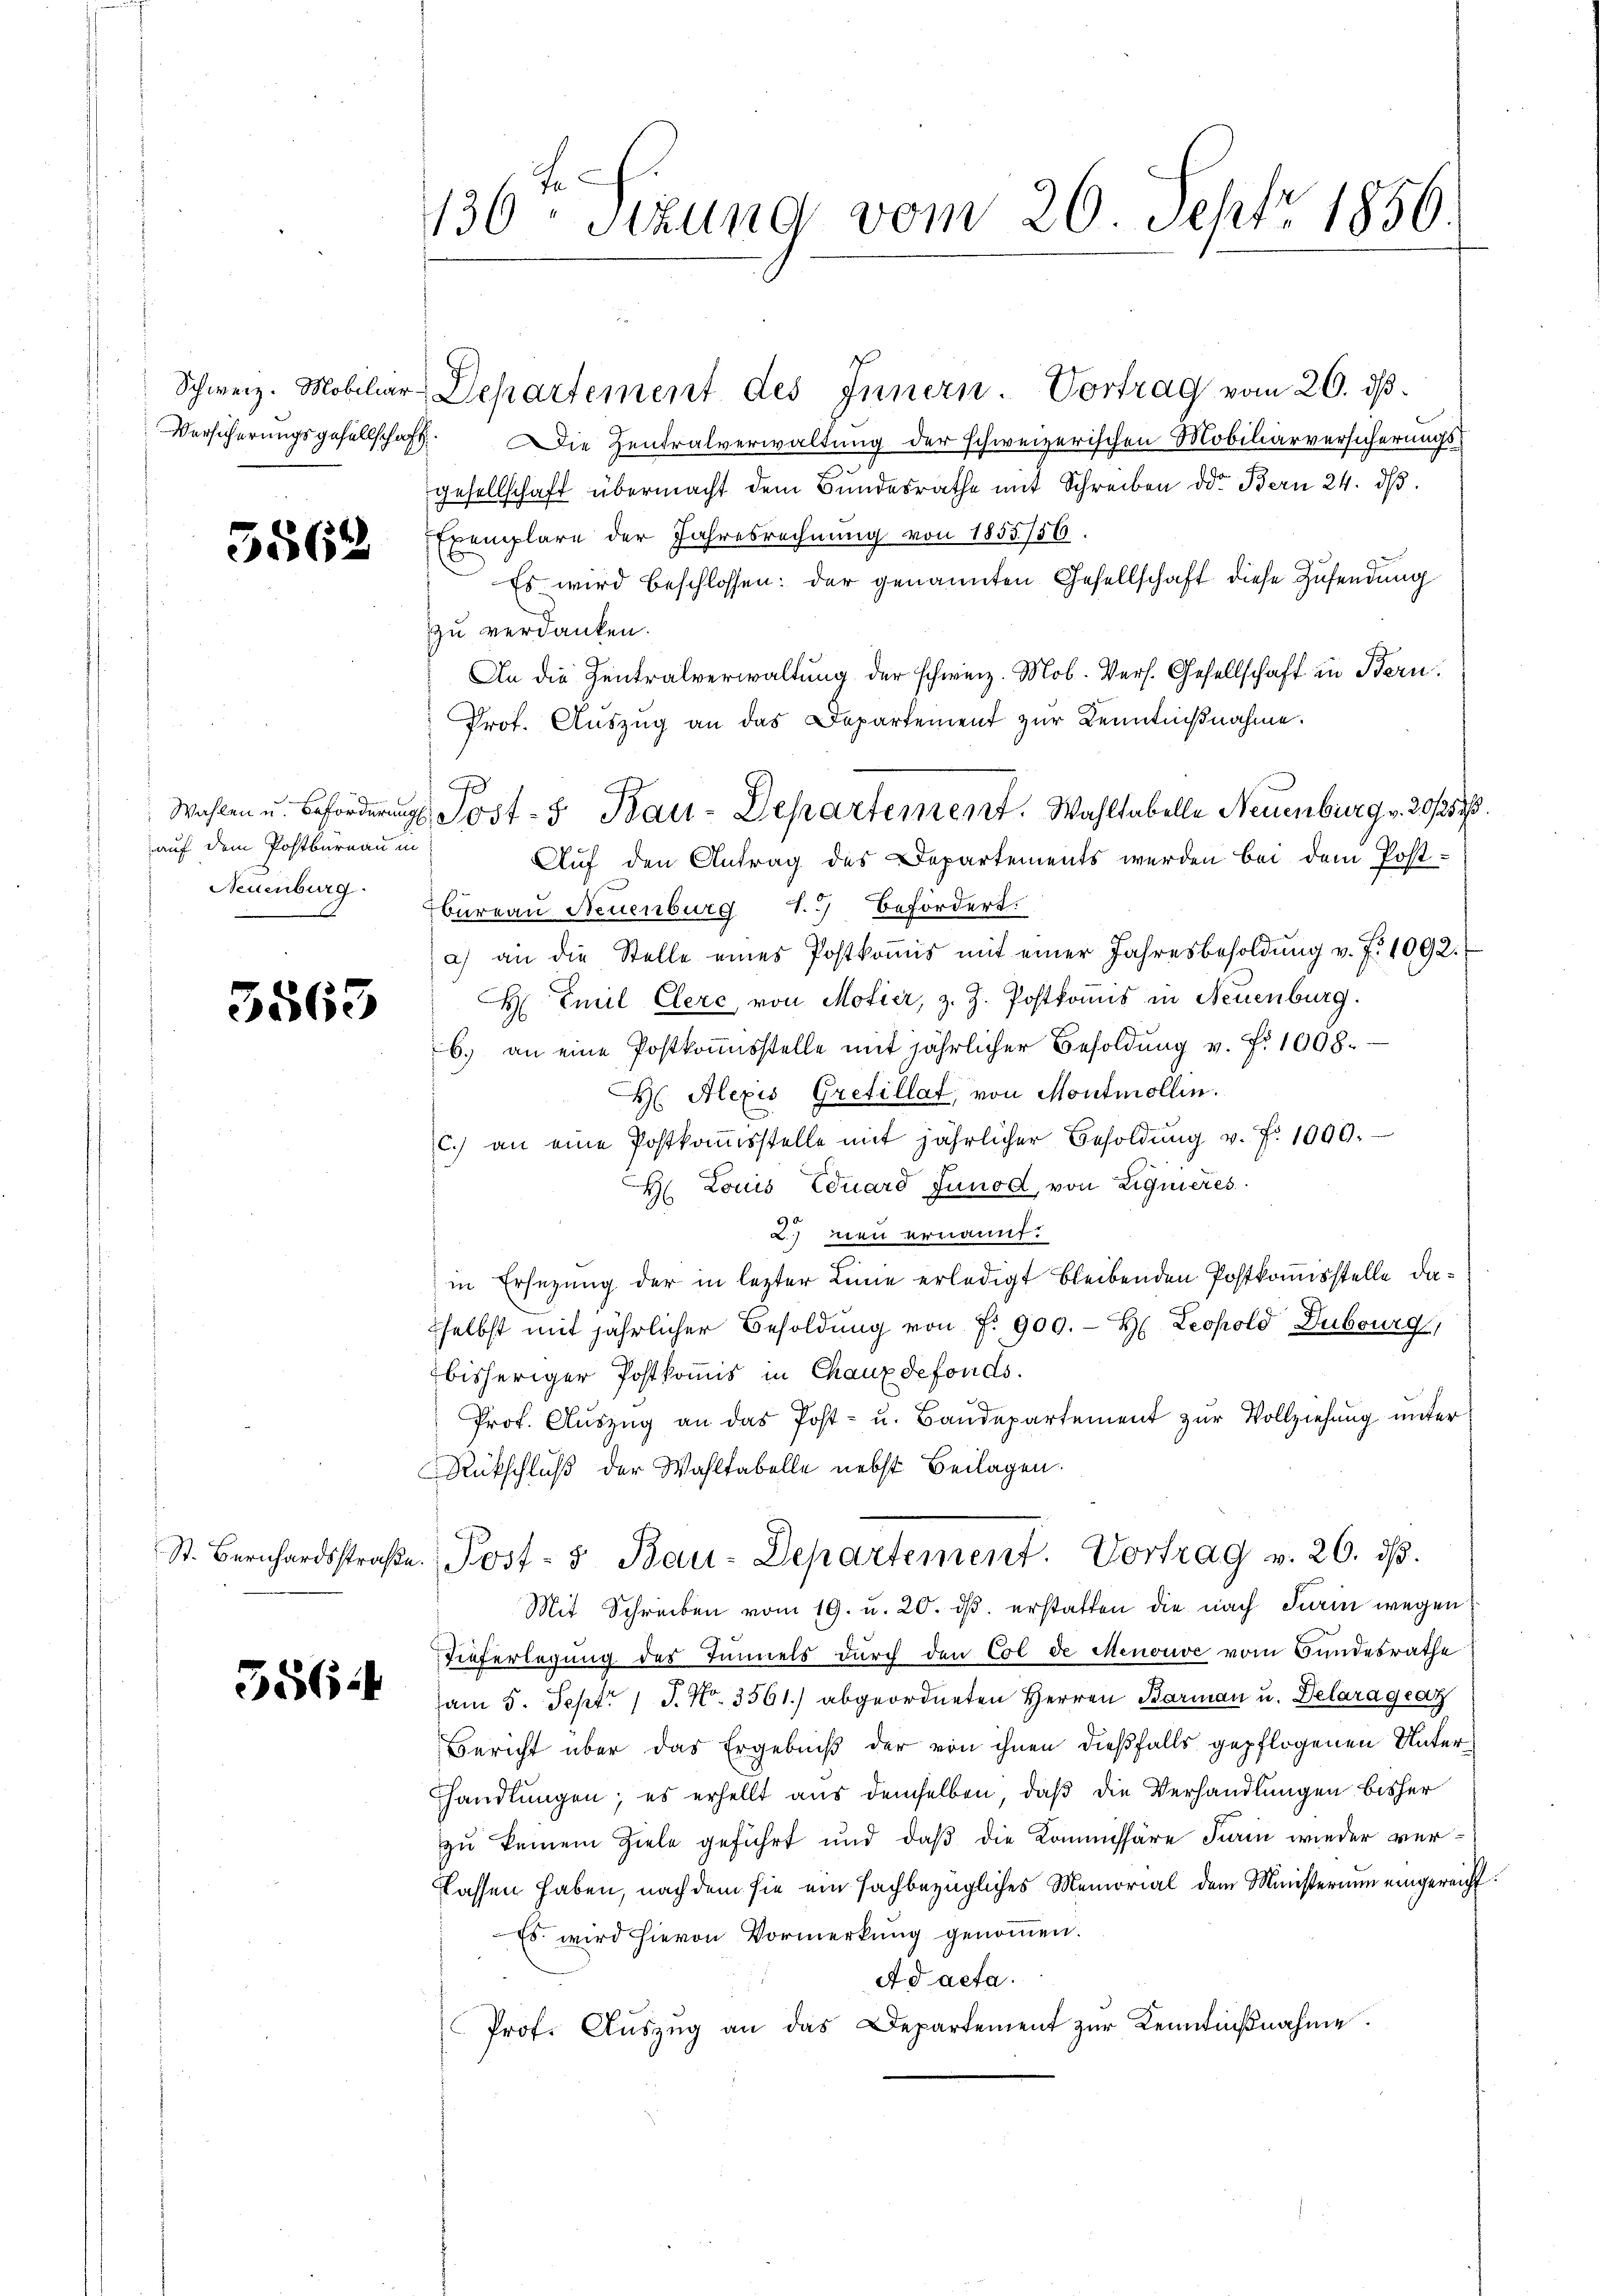
Versicherungsgesellschaft

5562

auf dem Postbureau in
Neuenburg.

3563

St. Bernhardsstraße.

556.

136ten Sizung vom 20. Sept. 1856.

Schweiz. Mobiliar-Departement des Innern. Vortrag vom 26. ds.
ie Zentralverwaltung der schweizerischen Mobiliarversicherungsgesellschaft übermacht dem Bundesrathe mit Schreiben oder Bern 24. dβ.
Exemplare der Jahresrechnung von 1855756.
Es wird beschlossen: der genannten Gesellschaft diese Zusendung
zu verdanken.
An die Zentralverwaltung der schweiz. Mob. Vers. Gesellschaft in Bern.
Prot. Aŭszŭg an das Departement zŭr Kenntnißnahme.
Auf den Antrag des Departements werden bei dem Postbureau Neuenburg 1.) Befördert.
a) an die Stelle eines Postkoṁis mit einer Jahresbesoldŭng v. J. 1092.
H Emil Clere von Motier, z. Z. Postkomis in Neuenburg.
b.) an eine Postkommisstelle mit jährlicher Besoldŭng v. f. 1008.
H Alexis Grefillat, von Montmollin.
c. an eine Postkoṁsstelle mit jährlicher Besoldŭng v. fr. 1000.
H. Louis Eduard Junod, von Liquieres
2 neu ernannt.
in Ersezung der in letzter Linie erledigt bleibenden Postkomisstelle daselbst mit jährlicher Besoldung von Nr. 900.- H. Leopold Dubourg,
bisheriger Postkommis in Chaux defonds.
Prof. Auszug an das Post- u. Baudepartement zur Vollziehung unter
Rückschluß der Wahltabelle nebst Beilagen.
Post- & Bau-Departement. Vortrag v. 26. d.
Mit Schreiben vom 19. u. 20. dβ erstatten die nach Turin wegen
Tieferlegung des Tunnels durch den Col de Menouve vom Bundesrathe
am 5. Sept. 1 S. Nr. 3561.) abgeordneten Herren Barmann u. Delara geaz
Bericht über das Ergebniß der von ihnen dießfalls gepflogenen Unterhandlungen; es erhellt aus demselben, daß die Verhandlungen bisher
zu keinem Ziele geführt und daß die Kommissäre Firin wieder verlassen haben, nach dem sie ein sachbezügliches Memorial dem Ministerium eingereicht
Es wird hievon Vormerkung genommen.
Ad acta.
Prof. Aŭszŭg an das Departement zŭr Kenntniβnahme.

d
Wahlen u. Beförderungs Post- & Bau-Departement. Wahltabelle Neuenburg v. 20./25.